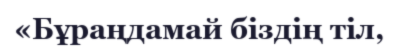
«Бұраңдамай біздің тіл,